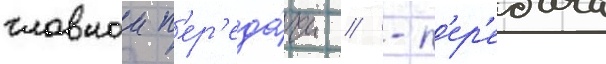
главнои п'ер'еда́чи // -п'ер'едача